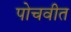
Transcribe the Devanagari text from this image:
पोचवीत